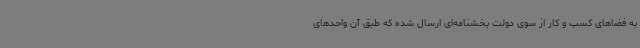
به فضاهای کسب و کار از سوی دولت بخشنامه‌ای ارسال شده که طبق آن واحدهای